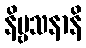
နိဗ္ဗသနာနိ